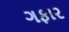
ગફાર